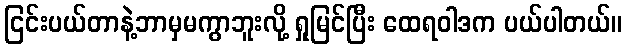
ငြင်းပယ်တာနဲ့ဘာမှမကွာဘူးလို့ ရှုမြင်ပြီး ထေရဝါဒက ပယ်ပါတယ်။